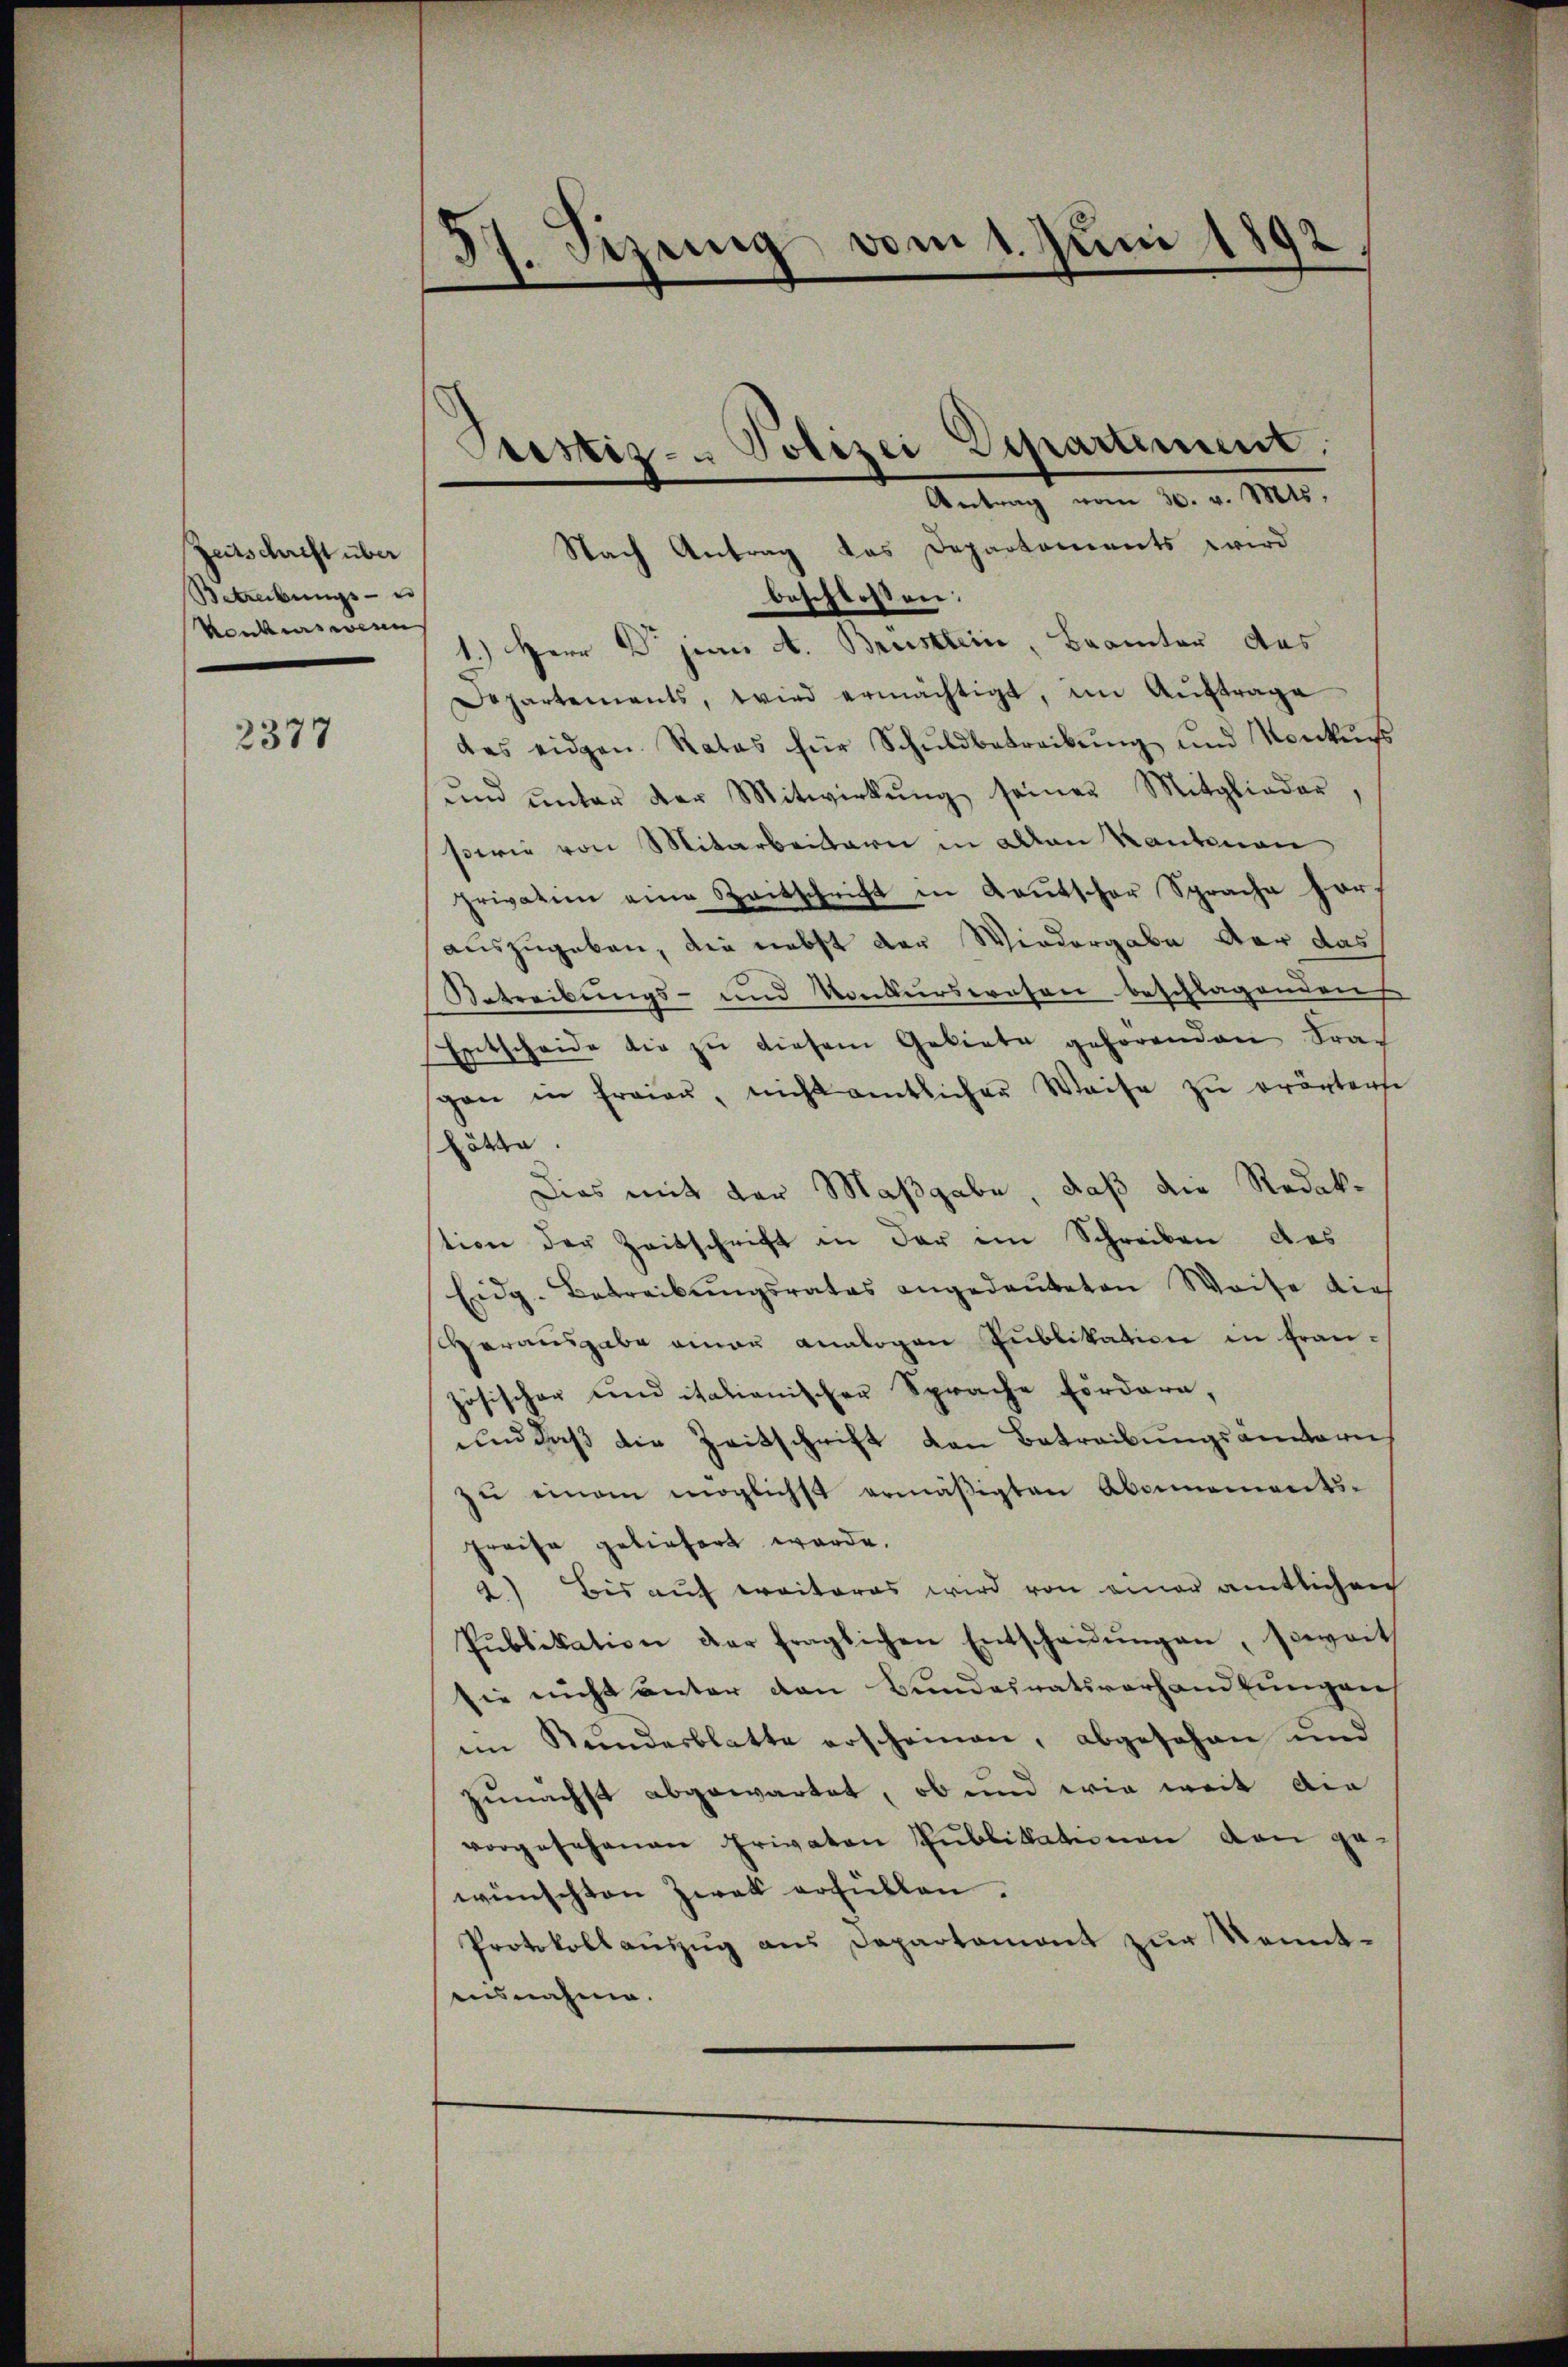
Zeitschrift über
Betreibungs- u
konkurs wesen

2377

57. Sizung vom 1. Juni 1892

Pustiz- & Polizei Departiment.

Antrag vom 30. v. Mts.
Nach Antrag das Departements wird
beschlossen:
1.) Herr Dr juni A. Brustlein, Beamter das
Departements, wird ermächtigt, im Auftrage
das eidgen. Rates für Schŭldbetreibŭng und Konkŭrs
ŭnd ŭnter der Mitwirkŭng seiner Mitglieder,
sowie von Mitarbeitern in allen Kantonen
privation eine Zeitschrift in Kautscher Sprache hor
auszugeben, die nebst der Wiedergabe der das
Betreibungs- und Konkurswesen beschlagenden
Entscheide die zŭ diesem Gebiete gehörenden Frag
span in fraiaŭ, nicht amtlicher Weise zu erörterse
hätte.
Dies mit der Maßgabe, daß die Redak-
tion der Zeitschrift in der ein Schreiben das
Eidg. Betreibŭngsrates angedaŭteten Weise dies
Herausgabe einau analogen Publikation in französischer und italienischer Sprache Fördern,
und daß die Zeitschrift von Betreibungsämternh
zŭ einem möglichst ermäßigten Abonnenwerts-
preise geliefert werde.
2) Bis auf eraiteres wird von einer amtlichen
Publikation der fraglichen Entscheidŭngen, soweit
sie nicht unter den Bundesratsverhandlungen
iin Kundesblatte erscheinen, abgesehen und
zunächst abgewartet, ob und wie weit die
vorgesehenen Privaten Publikationen den ge-
wünschten Zwek erfüllen.
Protokollauszug aus Departamont zur Kenntausnahme.